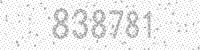
Solution: 838781